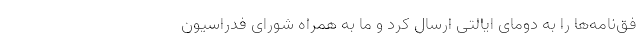
فق‌نامه‌ها را به دومای ایالتی ارسال کرد و ما به همراه شورای فدراسیون